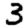
Digit: 3